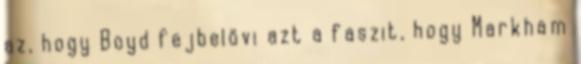
az, hogy Boyd fejbelövi azt a faszit, hogy Markham